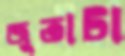
জুতাটা